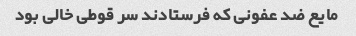
مایع ضد عفونی که فرستادند سر قوطی خالی بود